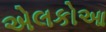
એલકોઆ